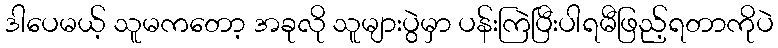
ဒါပေမယ့် သူမကတော့ အခုလို သူများပွဲမှာ ပန်းကြဲပြီးပါရမီဖြည့်ရတာကိုပဲ